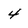
Character: 4